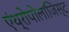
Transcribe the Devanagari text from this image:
एंथ्रोपोलॉजिस्ट